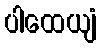
ပါထေယျံ